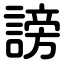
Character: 謗